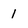
Character: 1